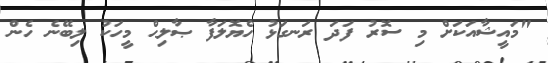
"މައީޝާއަކަށް މި ސޮރު ފަދަ ރަނގަޅު ހެޔޮލަފާ ޞާލިޙް މީހަކު ލިބޭނެ ހެން